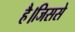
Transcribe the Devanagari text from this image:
है।जिससे